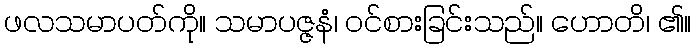
ဖလသမာပတ်ကို။ သမာပဇ္ဇနံ၊ ဝင်စားခြင်းသည်။ ဟောတိ၊ ၏။